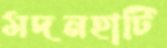
মদনহাটি